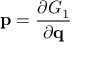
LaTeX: \mathbf { p } = { \frac { \partial G _ { 1 } } { \partial \mathbf { q } } }